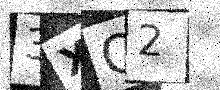
Text: 3XQ2